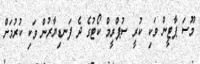
މޫސަ ޕާޓީން ވަކި ކުރީ ސުޕްރީމް ކޯޓުގެ ދެ ފަނޑިޔާރުން ވަކި ކުރުމަށް